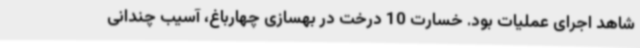
شاهد اجرای عملیات بود. خسارت 10 درخت در بهسازی چهارباغ، آسیب چندانی